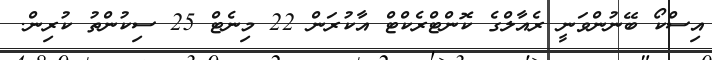
އިސްކޯ ބޭނުންވަނީ ރެއާލްގެ ކޮންޓްރެކްޓް އާކުރަން 22 މިނެޓް 25 ސިކުންތު ކުރިން.